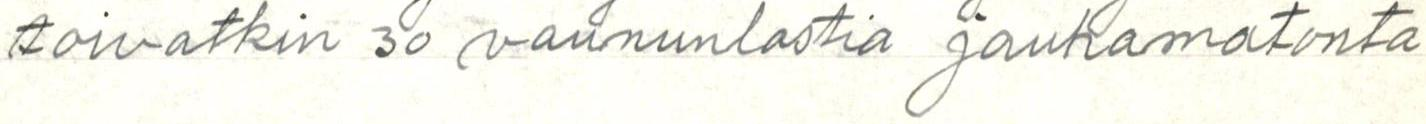
toivatkin 30 vaununlastia jauhamatonta